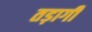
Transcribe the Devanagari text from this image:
तड़ागी